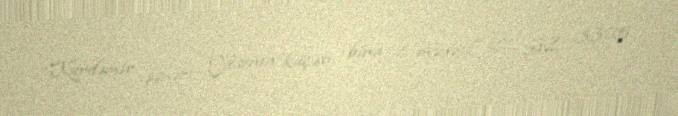
Kürdəmir şəhəri, Yesenin küçəsi, bina 2, mənzil 27, AZ 3305